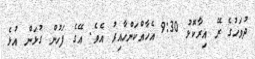
ދުވަހުގެ ރޭ އިރާކޮޅު 9:30 އެހާއްކަންހާއިރު އެވެ. އޭގެ ފަހުން ގުޅަން އުޅެ